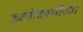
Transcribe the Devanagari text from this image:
कलांविषयींच्या